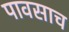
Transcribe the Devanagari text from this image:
पावसाच